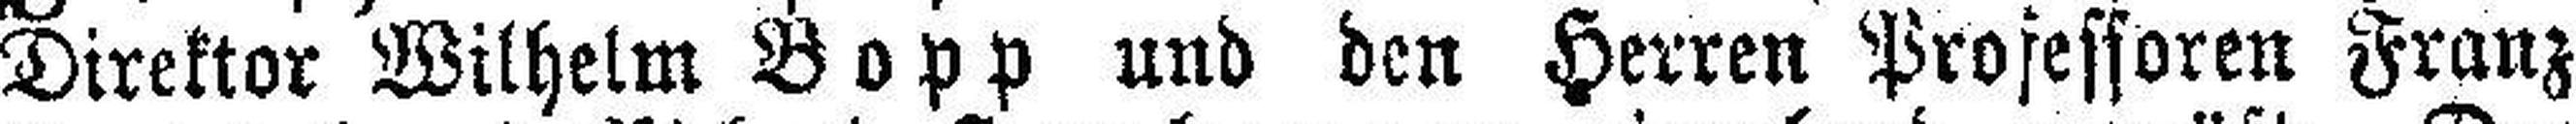
Direktor Wilhelm Bopp und den Herren Professoren Franz